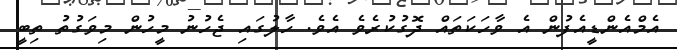
އެމްއެންޑީއެފުން އެ ވާހަކަތައް ދޮގުކުރެވެ އެވެ. ހާލުގައި ޖެހުނު މީހުން މިވަގުތު ތިބީ